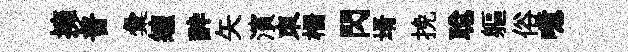
擁普彙缠酔矢濱朿栅閃壻挽聪軀俗噫